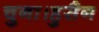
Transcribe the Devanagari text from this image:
चुना।हुसैन